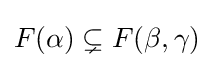
F(\alpha )\subsetneq F(\beta ,\gamma )